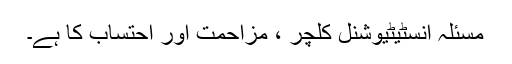
مسئلہ انسٹیٹیوشنل کلچر ، مزاحمت اور احتساب کا ہے۔